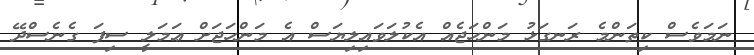
ނަމަވެސް ކިތަންމެ ރަނގަޅު މަންހަޖެއް އެކުލަވައިލިޔަސް އެ މަންހަޖަށް ޢަމަލީ ސިފަ ގެނެސްދޭ